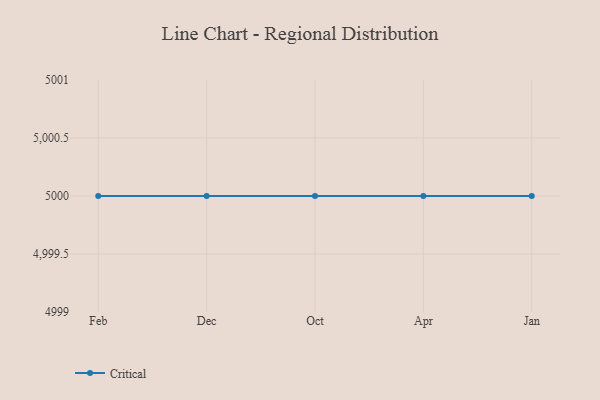
{"axis": {"x": "Month", "y": "Operating Costs (USD K)"}, "legend": ["Critical"], "data": [{"x": "Feb", "y": 5000, "type": "Critical"}, {"x": "Dec", "y": 5000, "type": "Critical"}, {"x": "Oct", "y": 5000, "type": "Critical"}, {"x": "Apr", "y": 5000, "type": "Critical"}, {"x": "Jan", "y": 5000, "type": "Critical"}]}